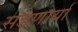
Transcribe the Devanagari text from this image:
सडणार्या